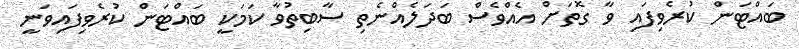
ބައްޓަން ކުރެވިފައި ވާ ގޮތަށް އެއްވެސް ބަދަލެއްނެތި ސާބިތުވާ ކަމަކީ ބައްޓަން ކުރެވިފައިވަނީ